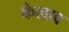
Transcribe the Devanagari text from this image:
फेलाव